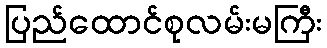
ပြည်ထောင်စုလမ်းမကြီး